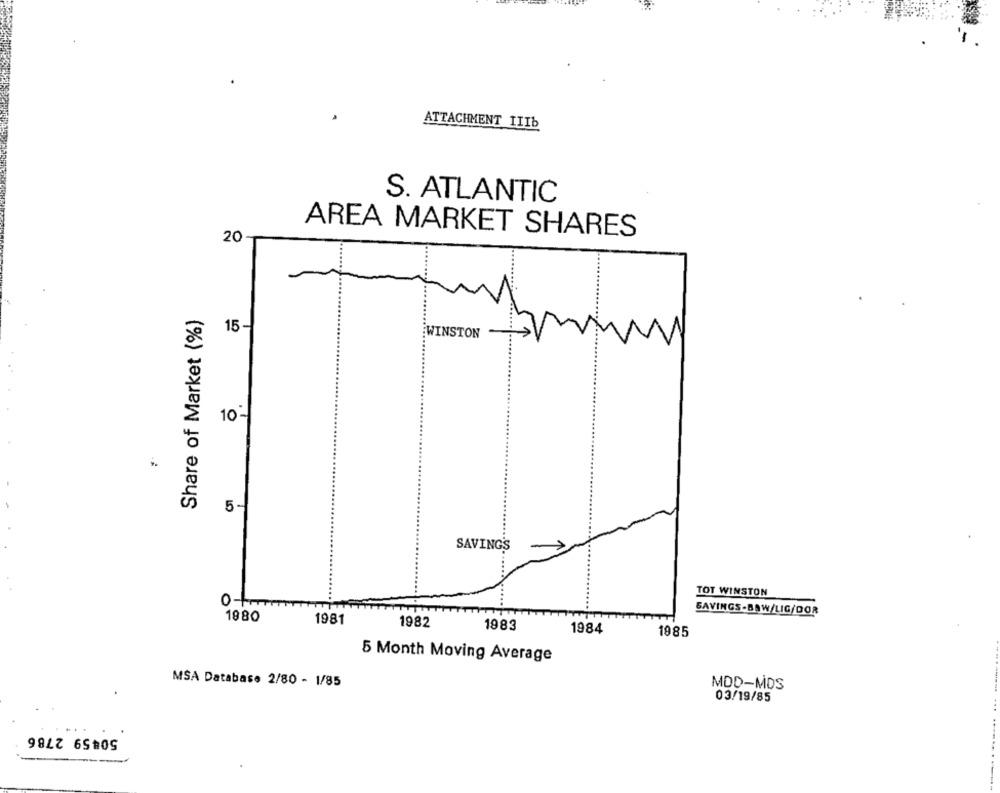
ATTACHMENT IIIb
S. ATLANTIC
20
AREA MARKET SHARES
Share of Market (%)
15-
WINSTON
10-
5-
SAVINGS
TOT WINSTON
...
SAVINGS-BAW/LIG/DOR
1980
1981
1982
1983
1984
1985
5 Month Moving Average
MSA Database 2/80 - 1/85
MDD-MOS
03/19/85
50459 2786